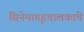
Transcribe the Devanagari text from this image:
सिनेमागृहचालकांचे